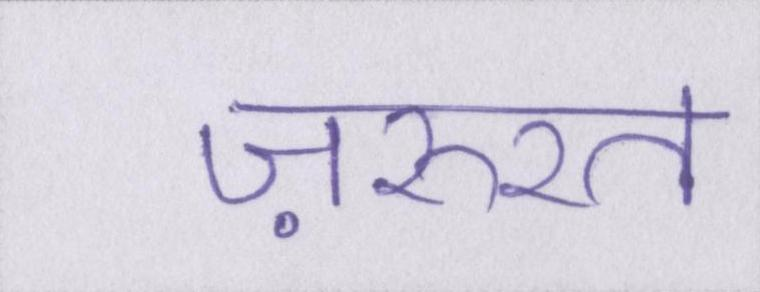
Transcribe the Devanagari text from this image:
ज़रुरत